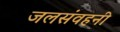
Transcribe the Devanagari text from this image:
जलसंवहनी